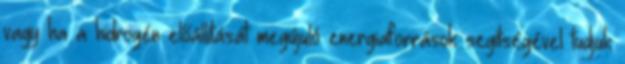
vagy ha a hidrogén előállítását megújuló energiaforrások segítségével tudjuk